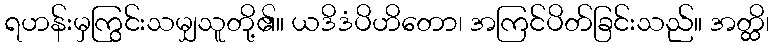
ရဟန်းမှကြွင်းသမျှသူတို့၏။ ယဒိဒံပိဟိတော၊ အကြင်ပိတ်ခြင်းသည်။ အတ္ထိ၊